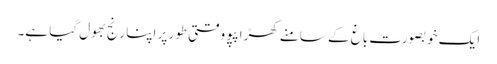
ایک خوبصورت باغ کے سامنے کھڑا پپو وقتی طور پر اپنا رنج بھول گیا ہے۔